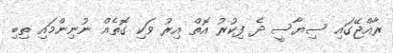
ރާއްޖޭގައި ސިޔާސީ ދެ ފިކުރު އޮތް އިރު ވަކި ގޮތެއް ނުނިންމައި ތިބި